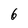
Character: 6